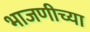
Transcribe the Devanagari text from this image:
भाजणीच्या